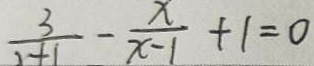
\frac { 3 } { 1 + 1 } - \frac { x } { x - 1 } + 1 = 0